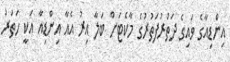
އިންޑިއާގެ ވައިގެ ދަތުރުފަތުރުގެ މާކެޓަށް ބަލާ އިރު އެއާ އިންޑިއާ އަކީ ހަތަރު